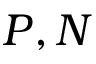
P , N